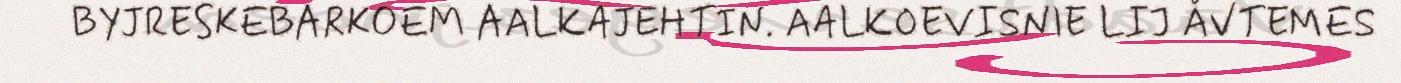
BYJRESKEBARKOEM AALKAJEHTIN. AALKOEVISNIE LIJ ÅVTEMES